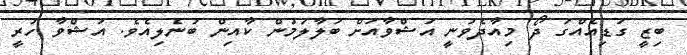
ބިޒީ ގަޑިއެއްގަ ދޯ މިއާދެވުނީ އަޝްވާއަށް ބަލާލަމުން ކާއިން ބުނެލިއެވެ. އަޝްވާ ހުރީ